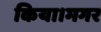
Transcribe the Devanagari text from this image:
किया।मगर